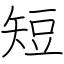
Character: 短